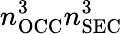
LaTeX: n_{\mathrm{OCC}}^{3}n_{\mathrm{SEC}}^{3}